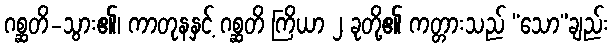
ဂစ္ဆတိ-သွား၏၊ ကာတုနနှင့် ဂစ္ဆတိ ကြိယာ ၂ ခုတို့၏ ကတ္တားသည် “သော”ချည်း